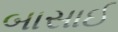
બાસાઈ